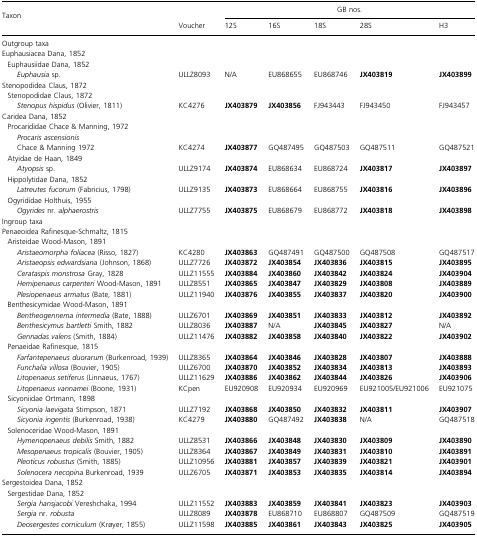
<table><thead><tr><td><b>Taxon</b></td><td></td><td colspan="5"><b>GB nos.</b></td></tr><tr><td></td><td><b>Voucher</b></td><td><b>12S</b></td><td><b>16S</b></td><td><b>18S</b></td><td><b>28S</b></td><td><b>H3</b></td></tr></thead><tbody><tr><td colspan="7">Outgroup taxa</td></tr><tr><td>Euphausiacea Dana, 1852</td><td></td><td></td><td></td><td></td><td></td><td></td></tr><tr><td> Euphausiidae Dana, 1852</td><td></td><td></td><td></td><td></td><td></td><td></td></tr><tr><td><i>Euphausia</i> sp.</td><td>ULLZ8093</td><td>N/A</td><td>EU868655</td><td>EU868746</td><td><b>JX403819</b></td><td><b>JX403899</b></td></tr><tr><td>Stenopodidea Claus, 1872</td><td></td><td></td><td></td><td></td><td></td><td></td></tr><tr><td> Stenopodidae Claus, 1872</td><td></td><td></td><td></td><td></td><td></td><td></td></tr><tr><td><i>Stenopus hispidus</i> (Olivier, 1811)</td><td>KC4276</td><td><b>JX403879</b></td><td><b>JX403856</b></td><td>FJ943443</td><td>FJ943450</td><td>FJ943457</td></tr><tr><td>Caridea Dana, 1852</td><td></td><td></td><td></td><td></td><td></td><td></td></tr><tr><td> Procarididae Chace &amp; Manning, 1972</td><td></td><td></td><td></td><td></td><td></td><td></td></tr><tr><td><i>Procaris ascensionis</i></td><td></td><td></td><td></td><td></td><td></td><td></td></tr><tr><td>Chace &amp; Manning 1972</td><td>KC4274</td><td><b>JX403877</b></td><td>GQ487495</td><td>GQ487503</td><td>GQ487511</td><td>GQ487521</td></tr><tr><td> Atyidae de Haan, 1849</td><td></td><td></td><td></td><td></td><td></td><td></td></tr><tr><td><i>Atyopsis</i> sp.</td><td>ULLZ9174</td><td><b>JX403874</b></td><td>EU868634</td><td>EU868724</td><td><b>JX403817</b></td><td><b>JX403897</b></td></tr><tr><td> Hippolytidae Dana, 1852</td><td></td><td></td><td></td><td></td><td></td><td></td></tr><tr><td><i>Latreutes fucorum</i> (Fabricius, 1798)</td><td>ULLZ9135</td><td><b>JX403873</b></td><td>EU868664</td><td>EU868755</td><td><b>JX403816</b></td><td><b>JX403896</b></td></tr><tr><td> Ogyrididae Holthuis, 1955</td><td></td><td></td><td></td><td></td><td></td><td></td></tr><tr><td><i>Ogyrides</i> nr. <i>alphaerostris</i></td><td>ULLZ7755</td><td><b>JX403875</b></td><td>EU868679</td><td>EU868772</td><td><b>JX403818</b></td><td><b>JX403898</b></td></tr><tr><td colspan="7">Ingroup taxa</td></tr><tr><td>Penaeoidea Rafinesque-Schmaltz, 1815</td><td></td><td></td><td></td><td></td><td></td><td></td></tr><tr><td> Aristeidae Wood-Mason, 1891</td><td></td><td></td><td></td><td></td><td></td><td></td></tr><tr><td><i>Aristaeomorpha foliacea</i> (Risso, 1827)</td><td>KC4280</td><td><b>JX403863</b></td><td>GQ487491</td><td>GQ487500</td><td>GQ487508</td><td>GQ487517</td></tr><tr><td><i>Aristaeopsis edwardsiana</i> (Johnson, 1868)</td><td>ULLZ7726</td><td><b>JX403872</b></td><td><b>JX403854</b></td><td><b>JX403836</b></td><td><b>JX403815</b></td><td><b>JX403895</b></td></tr><tr><td><i>Cerataspis monstrosa</i> Gray, 1828</td><td>ULLZ11555</td><td><b>JX403884</b></td><td><b>JX403860</b></td><td><b>JX403842</b></td><td><b>JX403824</b></td><td><b>JX403904</b></td></tr><tr><td><i>Hemipenaeus carpenteri</i> Wood-Mason, 1891</td><td>ULLZ8551</td><td><b>JX403865</b></td><td><b>JX403847</b></td><td><b>JX403829</b></td><td><b>JX403808</b></td><td><b>JX403889</b></td></tr><tr><td><i>Plesiopenaeus armatus</i> (Bate, 1881)</td><td>ULLZ11940</td><td><b>JX403876</b></td><td><b>JX403855</b></td><td><b>JX403837</b></td><td><b>JX403820</b></td><td><b>JX403900</b></td></tr><tr><td> Benthesicymidae Wood-Mason, 1891</td><td></td><td></td><td></td><td></td><td></td><td></td></tr><tr><td><i>Bentheogennema intermedia</i> (Bate, 1888)</td><td>ULLZ6701</td><td><b>JX403869</b></td><td><b>JX403851</b></td><td><b>JX403833</b></td><td><b>JX403812</b></td><td><b>JX403892</b></td></tr><tr><td><i>Benthesicymus bartletti</i> Smith, 1882</td><td>ULLZ8036</td><td><b>JX403887</b></td><td>N/A</td><td><b>JX403845</b></td><td><b>JX403827</b></td><td>N/A</td></tr><tr><td><i>Gennadas valens</i> (Smith, 1884)</td><td>ULLZ11476</td><td><b>JX403882</b></td><td><b>JX403858</b></td><td><b>JX403840</b></td><td><b>JX403822</b></td><td><b>JX403902</b></td></tr><tr><td> Penaeidae Rafinesque, 1815</td><td></td><td></td><td></td><td></td><td></td><td></td></tr><tr><td><i>Farfantepenaeus duorarum</i> (Burkenroad, 1939)</td><td>ULLZ8365</td><td><b>JX403864</b></td><td><b>JX403846</b></td><td><b>JX403828</b></td><td><b>JX403807</b></td><td><b>JX403888</b></td></tr><tr><td><i>Funchalia villosa</i> (Bouvier, 1905)</td><td>ULLZ6700</td><td><b>JX403870</b></td><td><b>JX403852</b></td><td><b>JX403834</b></td><td><b>JX403813</b></td><td><b>JX403893</b></td></tr><tr><td><i>Litopenaeus setiferus</i> (Linnaeus, 1767)</td><td>ULLZ11629</td><td><b>JX403886</b></td><td><b>JX403862</b></td><td><b>JX403844</b></td><td><b>JX403826</b></td><td><b>JX403906</b></td></tr><tr><td><i>Litopenaeus vannamei</i> (Boone, 1931)</td><td>KCpen</td><td>EU920908</td><td>EU920934</td><td>EU920969</td><td>EU921005/EU921006</td><td>EU921075</td></tr><tr><td> Sicyoniidae Ortmann, 1898</td><td></td><td></td><td></td><td></td><td></td><td></td></tr><tr><td><i>Sicyonia laevigata</i> Stimpson, 1871</td><td>ULLZ7192</td><td><b>JX403868</b></td><td><b>JX403850</b></td><td><b>JX403832</b></td><td><b>JX403811</b></td><td><b>JX403907</b></td></tr><tr><td><i>Sicyonia ingentis</i> (Burkenroad, 1938)</td><td>KC4279</td><td><b>JX403880</b></td><td>GQ487492</td><td><b>JX403838</b></td><td>N/A</td><td>GQ487518</td></tr><tr><td> Solenoceridae Wood-Mason, 1891</td><td></td><td></td><td></td><td></td><td></td><td></td></tr><tr><td><i>Hymenopenaeus debilis</i> Smith, 1882</td><td>ULLZ8531</td><td><b>JX403866</b></td><td><b>JX403848</b></td><td><b>JX403830</b></td><td><b>JX403809</b></td><td><b>JX403890</b></td></tr><tr><td><i>Mesopenaeus tropicalis</i> (Bouvier, 1905)</td><td>ULLZ8364</td><td><b>JX403867</b></td><td><b>JX403849</b></td><td><b>JX403831</b></td><td><b>JX403810</b></td><td><b>JX403891</b></td></tr><tr><td><i>Pleoticus robustus</i> (Smith, 1885)</td><td>ULLZ10956</td><td><b>JX403881</b></td><td><b>JX403857</b></td><td><b>JX403839</b></td><td><b>JX403821</b></td><td><b>JX403901</b></td></tr><tr><td><i>Solenocera necopina</i> Burkenroad, 1939</td><td>ULLZ6705</td><td><b>JX403871</b></td><td><b>JX403853</b></td><td><b>JX403835</b></td><td><b>JX403814</b></td><td><b>JX403894</b></td></tr><tr><td>Sergestoidea Dana, 1852</td><td></td><td></td><td></td><td></td><td></td><td></td></tr><tr><td> Sergestidae Dana, 1852</td><td></td><td></td><td></td><td></td><td></td><td></td></tr><tr><td><i>Sergia hansjacobi</i> Vereshchaka, 1994</td><td>ULLZ11552</td><td><b>JX403883</b></td><td><b>JX403859</b></td><td><b>JX403841</b></td><td><b>JX403823</b></td><td><b>JX403903</b></td></tr><tr><td><i>Sergia</i> nr. <i>robusta</i></td><td>ULLZ8089</td><td><b>JX403878</b></td><td>EU868710</td><td>EU868807</td><td>GQ487509</td><td>GQ487519</td></tr><tr><td><i>Deosergestes corniculum</i> (Krøyer, 1855)</td><td>ULLZ11598</td><td><b>JX403885</b></td><td><b>JX403861</b></td><td><b>JX403843</b></td><td><b>JX403825</b></td><td><b>JX403905</b></td></tr></tbody></table>